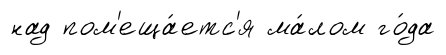
над пом'еща́етс'я ма́лом го́да